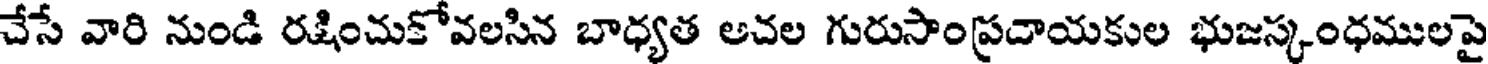
చేసే వారి నుండి రక్షించుకోవలసిన బాధ్యత అచల గురుసాంప్రదాయకుల భుజస్కంధములపై